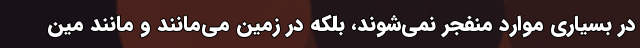
در بسیاری موارد منفجر نمی‌شوند، بلکه در زمین می‌مانند و مانند مین